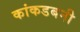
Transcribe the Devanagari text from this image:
कांकडबनी